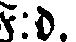
F:d.